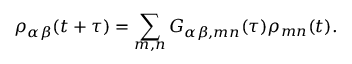
\rho _ { \alpha \beta } ( t + \tau ) = \sum _ { m , n } G _ { \alpha \beta , m n } ( \tau ) \rho _ { m n } ( t ) .